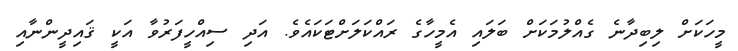
މީހަކަށް ލިބިދާނެ ގެއްލުމަކަށް ބަލައި އެމީހާގެ ރައްކަލަށްޓަކައެވެ. އަދި ސިއްހީފަރުވާ އަކީ ޤައިދީންނާއި